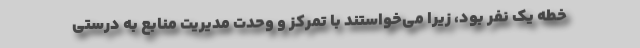
خطه يك نفر بود، زيرا مي‌خواستند با تمركز و وحدت مديريت منابع به درستي